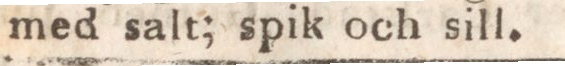
med salt; spik och sill.